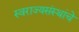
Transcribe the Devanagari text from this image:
स्वराज्यसंस्थांचे